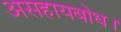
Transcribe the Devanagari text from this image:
असहायबोध।